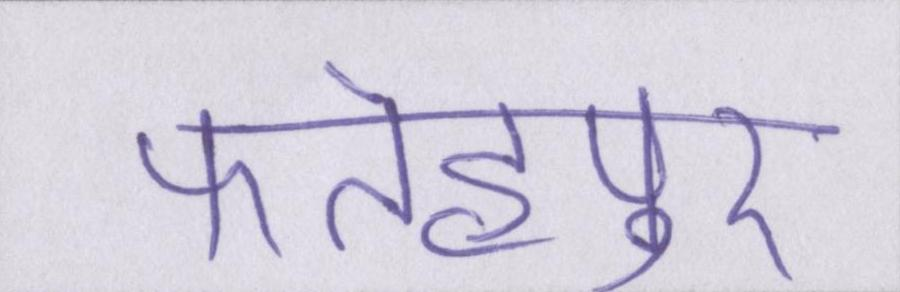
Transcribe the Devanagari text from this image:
फतेहपुर